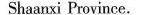
Shaauxi Province.